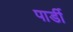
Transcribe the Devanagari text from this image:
पार्डी